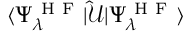
\langle \Psi _ { \lambda } ^ { \mathrm { ~ H ~ F ~ } } | \mathcal { \hat { U } } | \Psi _ { \lambda } ^ { \mathrm { ~ H ~ F ~ } } \rangle